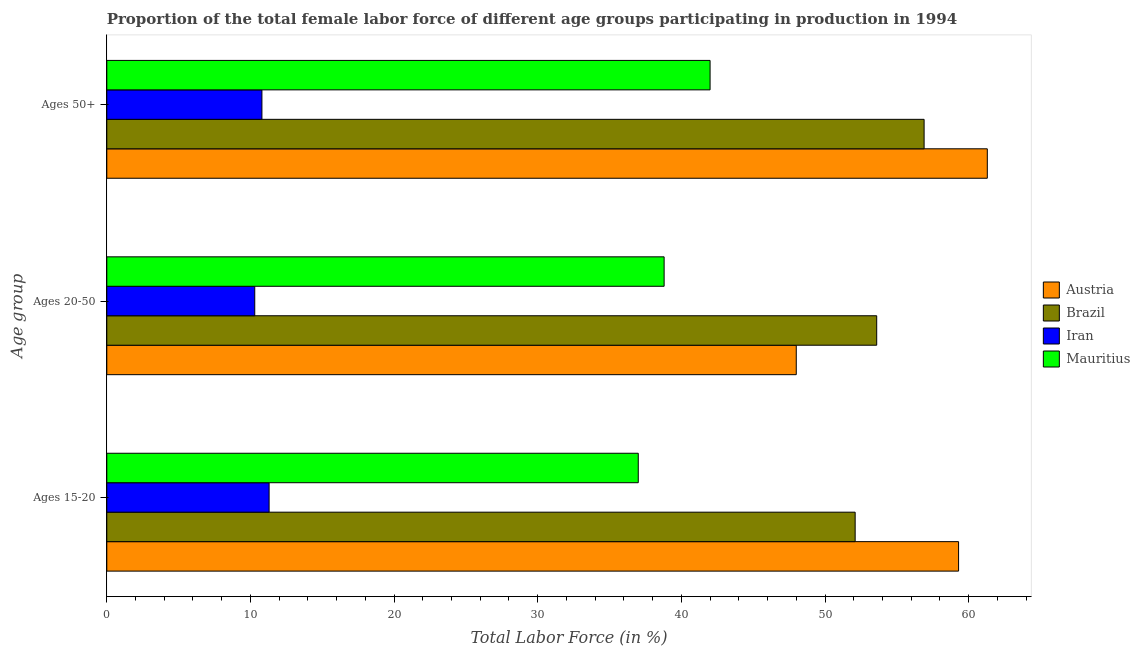
| Age group | Austria | Brazil | Iran | Mauritius |
 | --- | --- | --- | --- | --- |
 | Ages 15-20 | 59.3 | 52.1 | 11.3 | 37 |
 | Ages 20-50 | 48 | 53.6 | 10.3 | 38.8 |
 | Ages 50+ | 61.3 | 56.9 | 10.8 | 42 |